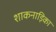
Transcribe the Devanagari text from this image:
शाकनाड़िका